Malaria in the Punjab - Number 46
Disease focus: Malaria
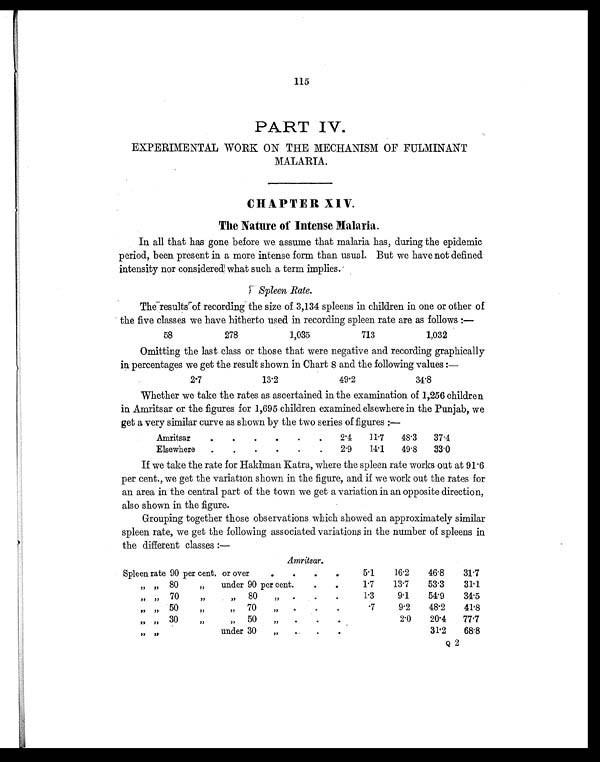
115
PART IV.
EXPERIMENTAL WORK ON THE MECHANISM OF FULMINANT
MALARIA.
CHAPTER XIV.
The Nature of Intense Malaria.
In all that has gone before we assume that malaria has, during the epidemic
period, been present in a more intense form than usual. But we have not defined
intensity nor considered what such a term implies.
Spleen Rate.
The results of recording the size of 3,134 spleens in children in one or other of
the five classes we have hitherto used in recording spleen rate are as follows :—
58
278
1,035
713
1,032
Omitting the last class or those that were negative and recording graphically
in percentages we get the result shown in Chart 8 and the following values :—
2.7
13.2
49.2
34.8
Whether we take the rates as ascertained in the examination of 1,256 children
in Amritsar or the figures for 1,695 children examined elsewhere in the Punjab, we
get a very similar curve as shown by the two series of figures :—
Amritsar
.
.
.
.
.
.
2.4
11.7
48.3
37.4
Elsewhere
.
.
.
.
.
.
2.9
14.1
49.8
33.0
If we take the rate for Hakiman Katra, where the spleen rate works out at 91.6
per cent., we get the variation shown in the figure, and if we work out the rates for
an area in the central part of the town we get a variation in an opposite direction,
also shown in the figure.
Grouping together those observations which showed an approximately similar
spleen rate, we get the following associated variations in the number of spleens in
the different classes :—
Amritsar.
Spleen rate 90 per cent. or over
.
.
.
.
5.1
16.2
46.8
31.7
„ „ 80 „ under 90 per cent.
.
.
1.7
13.7
53.3
31.1
„ „ 7 0 „ „ 8 0 „
.
.
.
1.3
9.1
54.9
34.5
„ „ 50 „ „ 70 „
.
.
.
.7
9.2
48.2
4 1 . 8
„ „ 3 0 „ „ 5 0 „
.
.
.
2.0
20.4
77.7
„ „ under 30 „
. .
.
31.2
68.8
Q 2